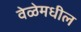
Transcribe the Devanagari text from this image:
वेळेमधील